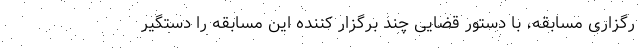
رگزاری مسابقه، با دستور قضایی چند برگزار کننده این مسابقه را دستگیر